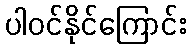
ပါဝင်နိုင်ကြောင်း